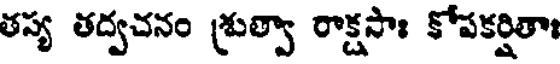
తస్య తద్వచనం శ్రుత్వా రాక్షసాః కోపకర్షితాః